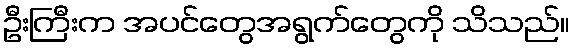
ဦးကြီးက အပင်တွေအရွက်တွေကို သိသည်။